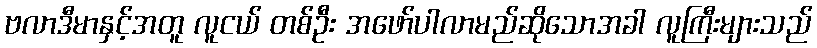
ဗလာဒီမာနှင့်အတူ လူငယ် တစ်ဦး အဖော်ပါလာမည်ဆိုသောအခါ လူကြီးများသည်